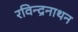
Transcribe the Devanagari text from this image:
रविन्द्रनाथन